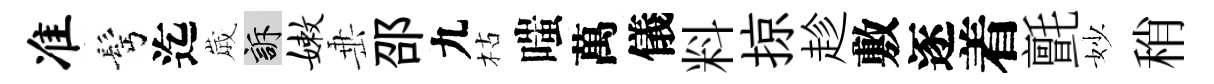
准髩迄𡻕訴嫩𡸁邵九枯嗤萬儀料掠趁敷逐着氈妙稍